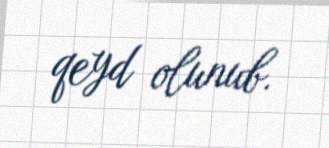
qeyd olunub.